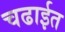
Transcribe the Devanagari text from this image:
चढाईत